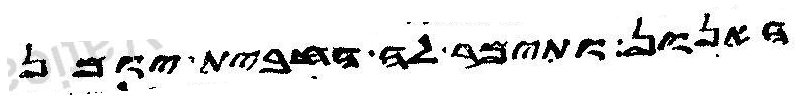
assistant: האנון ותימר לה החבית יומן